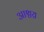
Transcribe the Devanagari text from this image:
आश्चय्र